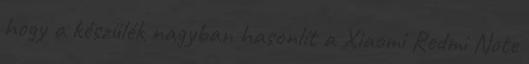
hogy a készülék nagyban hasonlít a Xiaomi Redmi Note